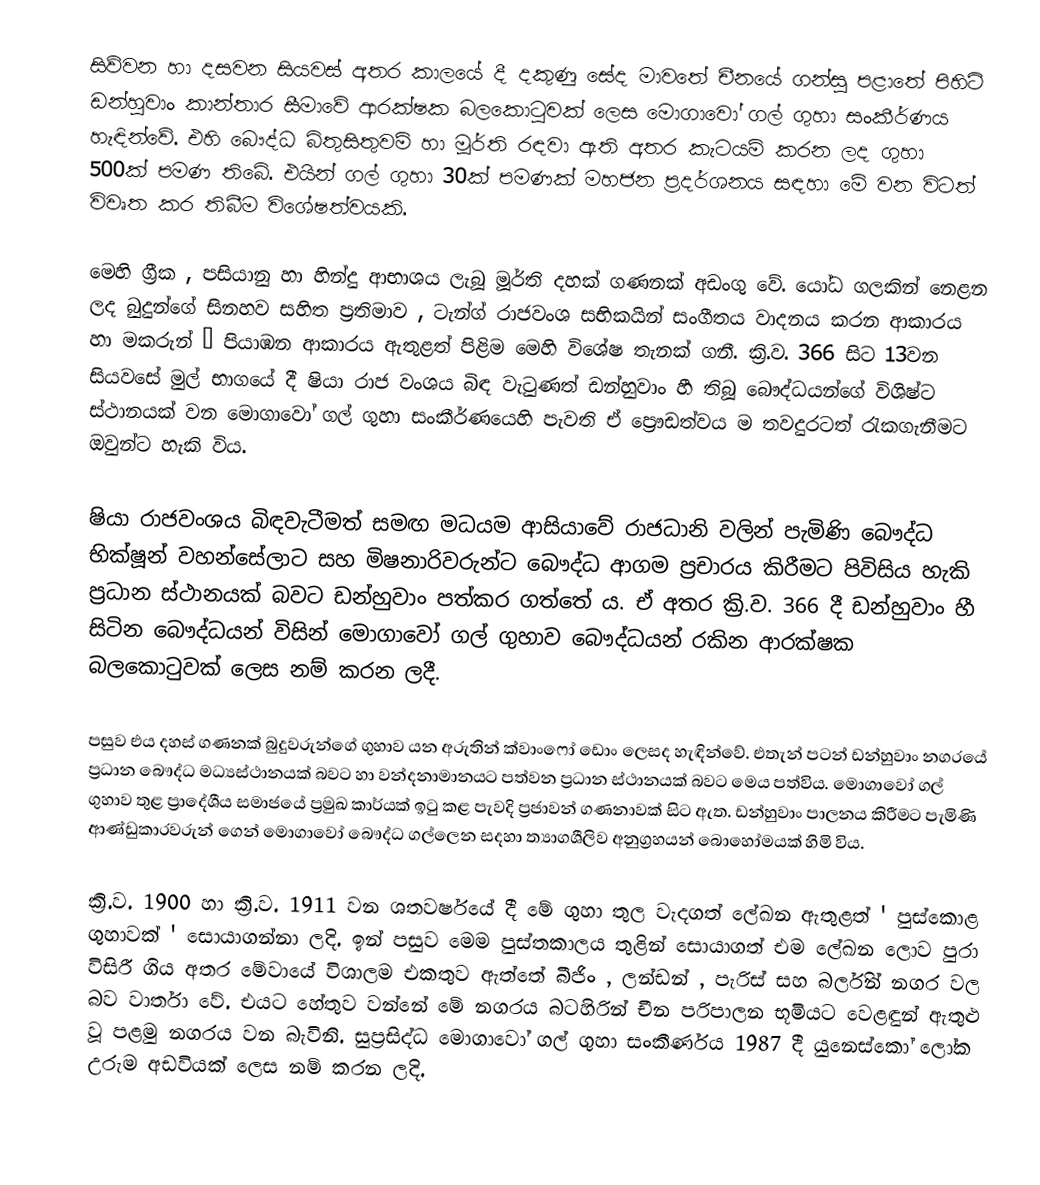
සිව්වන හා දසවන සියවස් අතර කාලයේ දී දකුණු සේද මාවතේ චීනයේ ගන්සු පළාතේ පිහිටි ඩන්හුවාං කාන්තාර සීමාවේ ආරක්ෂක බලකොටුවක් ලෙස මොගාවෝ ගල් ගුහා සංකීර්ණය හැඳින්වේ. එහි බෞද්ධ බිතුසිතුවම් හා මූර්ති රඳවා ඇති අතර කැටයම් කරන ලද ගුහා 500ක් පමණ තිබේ. එයින් ගල් ගුහා 30ක් පමණක් මහජන ප්‍රදර්ශනය සඳහා මේ වන විටත් විවෘත කර තිබීම විශේෂත්වයකි.

මෙහි ග්‍රීක , පසියානු හා හින්දු ආභාශය ලැබූ මූර්ති දහක් ගණනක් අඩංගු වේ. යෝධ ගලකින් නෙළන ලද බුදුන්ගේ සිනහව සහිත ප්‍රතිමාව , ටැන්ග් රාජවංශ සභිකයින් සංගීතය වාදනය කරන ආකාරය හා මකරුන් 🐉 පියාඹන ආකාරය ඇතුළත් පිළිම මෙහි විශේෂ තැනක් ගනී. ක්‍රි.ව. 366 සිට 13වන සියවසේ මුල් භාගයේ දී ෂියා රාජ වංශය බිඳ වැටුණත් ඩන්හුවාං හී තිබූ බෞද්ධයන්ගේ විශිෂ්ට ස්ථානයක් වන මොගාවෝ ගල් ගුහා සංකීර්ණ⁣යෙහි පැවති ඒ ප්‍රෞඩත්වය ම තවදුරටත් රැකගැනීමට ඔවුන්ට හැකි විය.

ෂියා රාජවංශය බිඳවැටීමත් සමඟ මධයම ආසියාවේ රාජධානි වලින් පැමිණි බෞද්ධ භික්ෂූන් වහන්සේලාට සහ මිෂනාරිවරුන්ට බෞද්ධ ආගම ප්‍රචාරය කිරීමට පිවිසිය හැකි ප්‍රධාන ස්ථානයක් බවට ඩන්හුවාං පත්කර ගත්තේ ය. ඒ අතර ක්‍රි.ව. 366 දී ඩන්හුවාං හී සිටින බෞද්ධයන් විසින් මොගාවෝ ගල් ගුහාව බෞද්ධයන් රකින ආරක්ෂක බලකොටුවක් ලෙස නම් කරන ලදී.

පසුව එය දහස් ගණනක් බුදුවරුන්ගේ ගුහාව යන අරුතින් ක්වාංෆෝ ඩොං ලෙසද හැඳින්වේ. එතැන් පටන් ඩන්හුවාං නගරයේ ප්‍රධාන බෞද්ධ මධ්‍යස්ථානයක් බවට හා වන්දනාමානයට පත්වන ප්‍රධාන ස්ථානයක් බවට මෙය පත්විය. මොගාවෝ ගල් ගුහාව තුළ ප්‍රාදේශීය සමාජයේ ප්‍රමුඛ කාර්යක් ඉටු කළ පැවදි ප්‍රජාවන් ගණනාවක් සිට ඇත. ඩන්හුවාං පාලනය කිරීමට පැමිණි ආණ්ඩුකාරවරුන් ගෙන් මොගාවෝ බෞද්ධ ගල්ලෙන සදහා ත්‍යාගශීලිව අනුග්‍රහයන් බොහෝමයක් හිමි විය.

ක්‍රි.ව. 1900 හා ක්‍රි.ව. 1911 වන ශතවර්ෂයේ දී මේ ගුහා තුල වැදගත් ලේඛන ඇතුළත් ' පුස්කොළ ගුහාවක් ' සොයාගන්නා ලදි. ඉන් පසුව මෙම පුස්තකාලය තුළින් සොයාගත් එම ලේඛන ලොව පුරා විසිරී ගිය අතර මේවායේ විශාලම එකතුව ඇත්තේ බීජිං , ලන්ඩන් , පැරිස් සහ බර්ලින් නගර වල බව වාර්තා වේ. එයට හේතුව වන්නේ මේ නගරය බටහිරින් චීන පරිපාලන භූමියට වෙළඳුන් ඇතුළු වූ පළමු නගරය වන බැවිනි. සුප්‍රසිද්ධ මොගාවෝ ගල් ගුහා සංකීර්ණය 1987 දී යුනෙස්කෝ ලෝක උරුම අඩවියක් ලෙස නම් කරන ලදි.